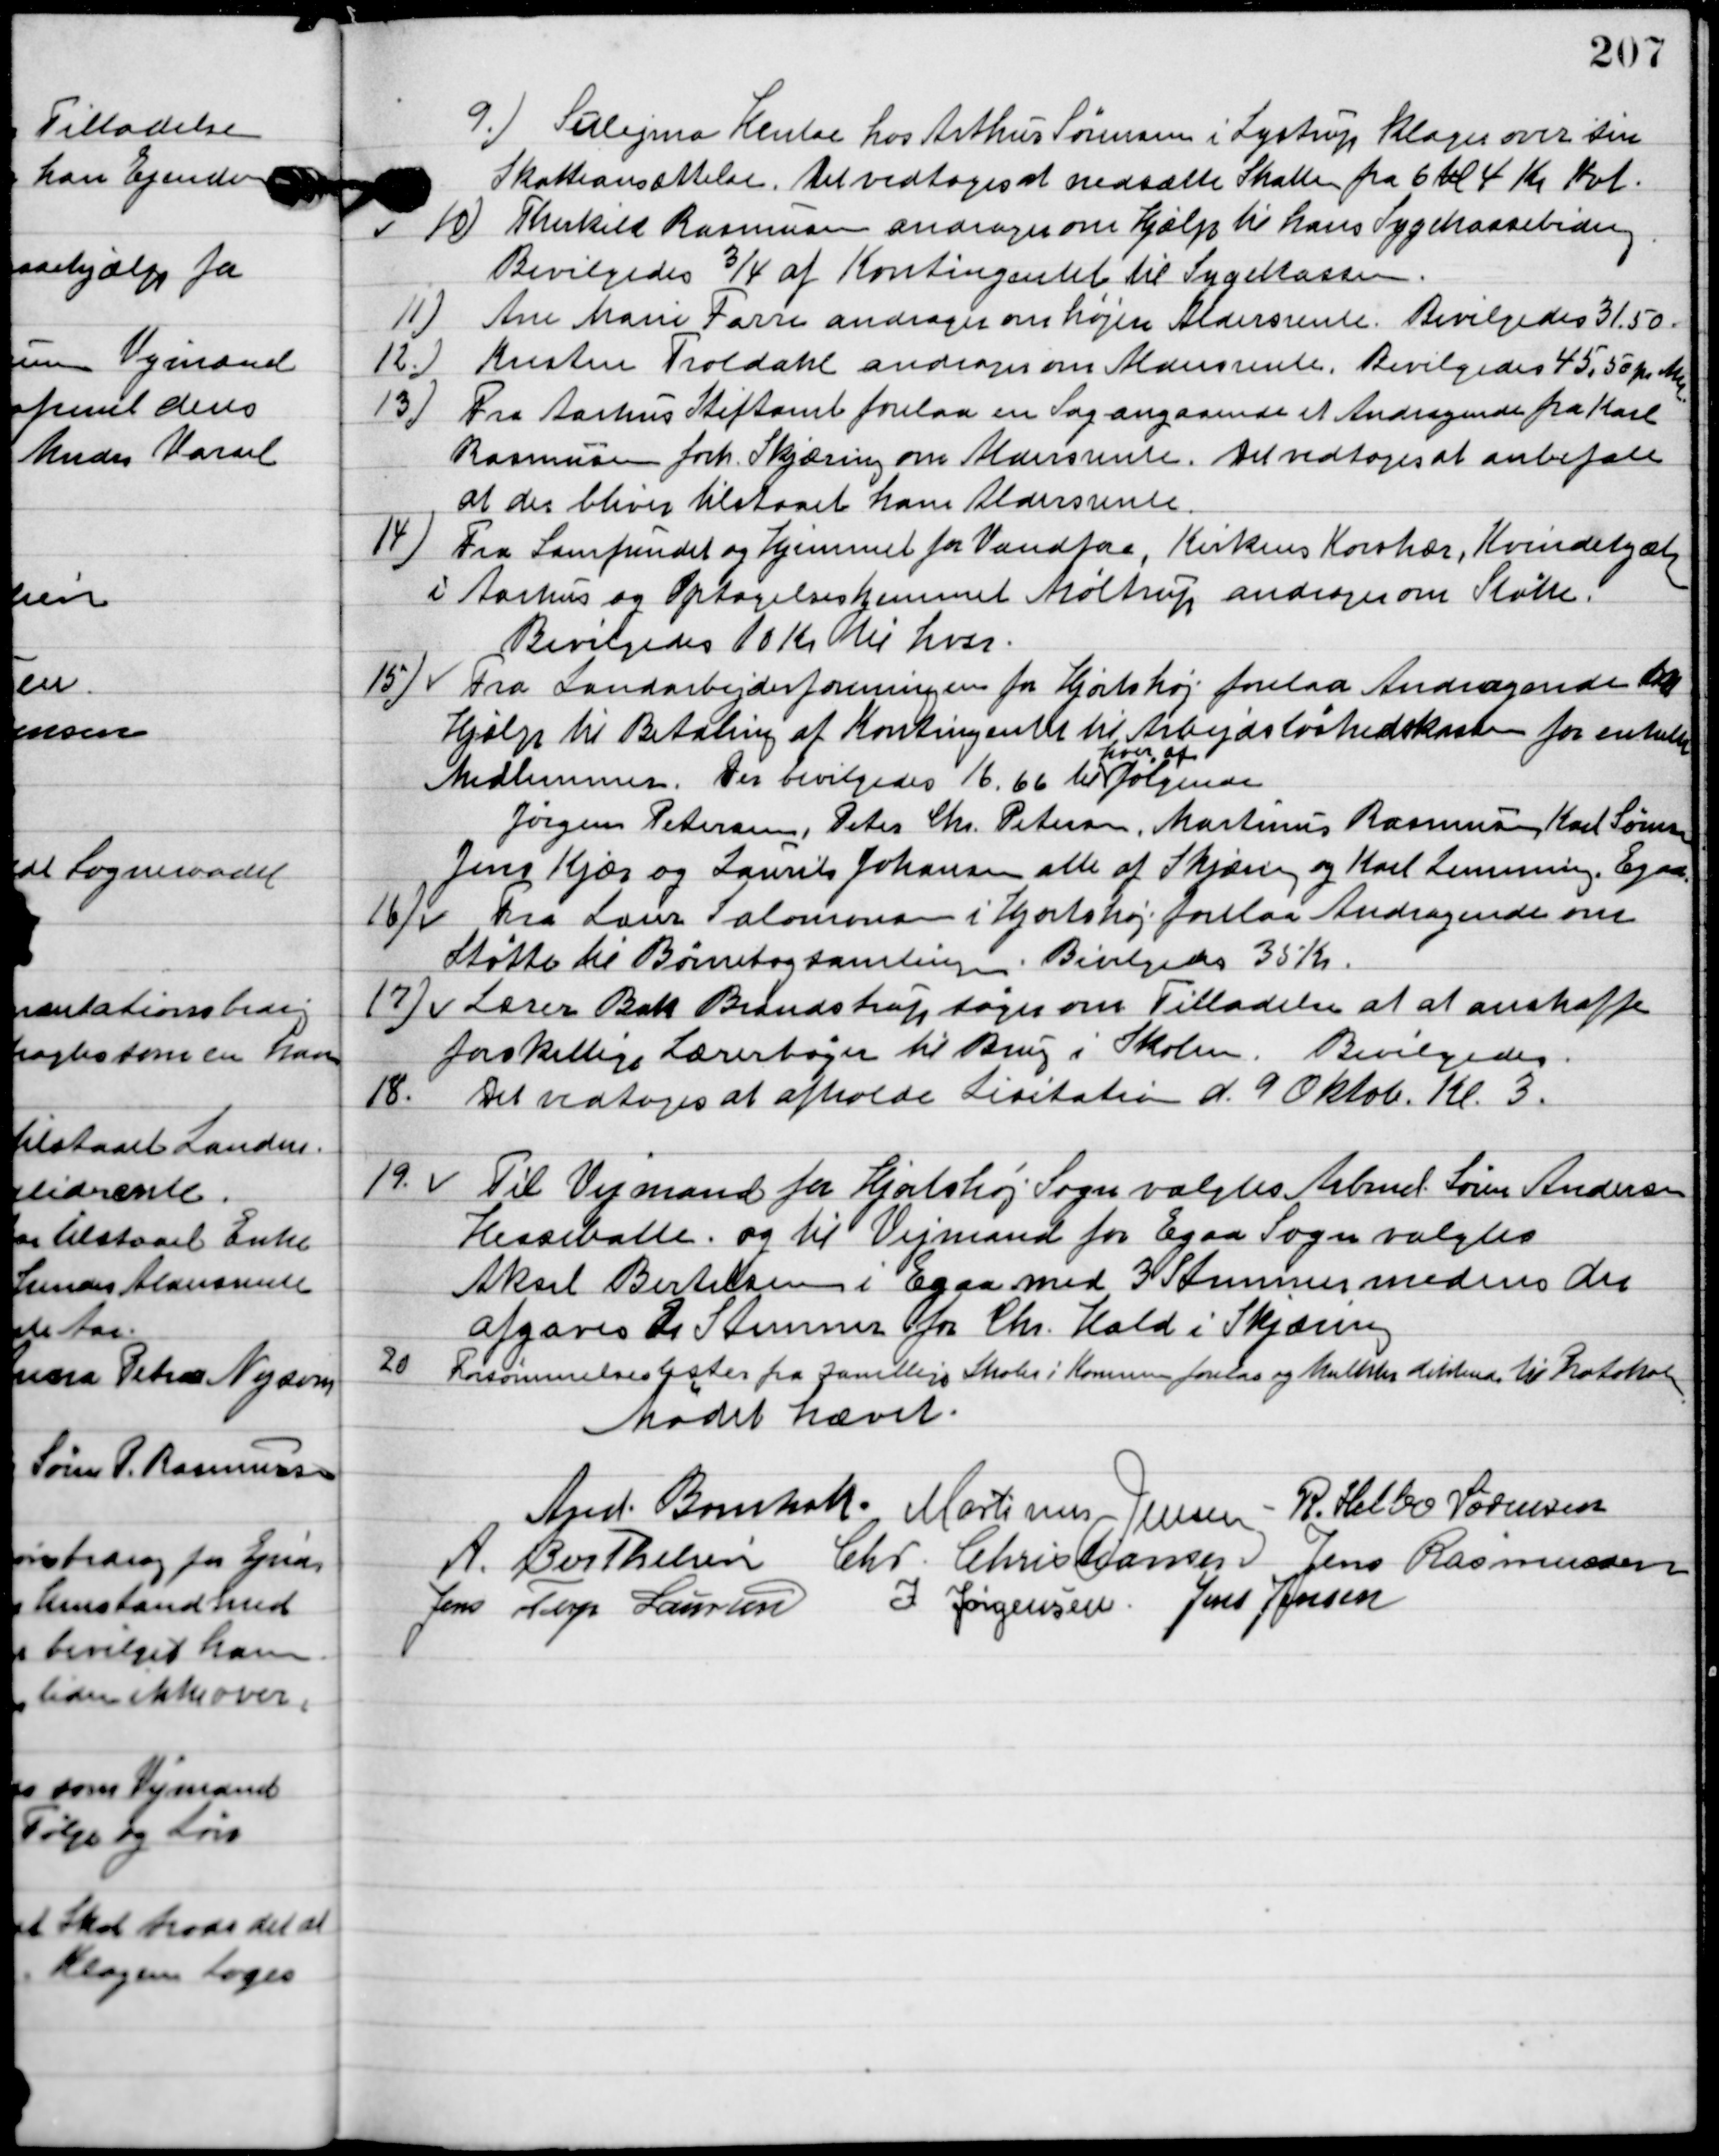
Transskription:
9

Sulejma Kentes hos Arthurs Sørensen i Lystrup klager over sin
Skatteansættelse.
Det vedtoges at nedsætte Skatten fra 6 kr. til 4 kr. Kvt.

10

Therkild Rasmussen andrager om hjælp til hams Sygekassebidrag.
Bevilgedes ¾ af kontingentet til sygekassen.

11

Ane Marie Farre andrager om højere Aldersrente.
Bevilgedes 31,50 pr.

12

Kresten Troldahl andrager om Aldersrente.
Bevilgedes 45.50 kr. pr Mdr.

13

Fra Aarhus Stiftsamt forelaa en Sag angaaende et Andragende fra Karl
Rasmussen forh. Skjæring om Aldersrente.
Det vedtoges at anbefale
 at der bliver tilstaaet ham aldersrente.

14

Fra Samfundet og hjemmet for Vandføre, Kirkens Korshær, Kvindehjælp
 i Aarhus og Optagelseshjemmet Møltrup andrages om støtte.
Bevilgedes 10 kr. til hver.

15

Fra Landarbejderforeningen for Hjortshøj forelaa andragende om
hjælp til betaling af Kontingentet til Arbejdsløshedskassen for enkelte
Medlemmer.
Der bevilgedes 16,66 til
hver af
følgende
Jørgen Petersen, Peter Chr. Petersen, Martinus Rasmussen, Karl Sørensen,
Jens Kjær og Laus Johansen alle af Skjæring og Karl Lemming, Egaa

16

Fra Laus Salomonsen i Hjortshøj forelaaa andragende om
Støtte til børnebog samlingen.
Bevilgedes 35 kr.

17

Lærer Buh Bendstrup søger om tilladelse at at anskaffe
forskellige lærertøjer til brug i skolen. Bevilgedes.

18

Det vedtoges at afholde Lisitation d. 9 Oktob. Kl. 3.

19

Til Vejmand for Hjortshøj Sogn valgtes arbmd. Søren Andersen
Hesselballe og til Vejmand for Egaa Sogn valgtes
Aksel Bertelsen i Egaa med 3 Stemmers medens der
afgaves 2 Stemmer for Chr. Kold i Skjæring

20

Forsømmelseslister fra samtlige skoler i Kommunen forelaa og multernes distrikter til Protokollen

Mødet hævet.

Anders Bomholt
Martinus Jensen,
R. Helbo Sørensen
A.	Berthelsen
Chr. Christiansen
Jens Rasmussen
Jens Terp Laursen
J. Jørgensen
Jens Jensen